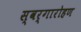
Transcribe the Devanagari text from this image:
स्‍वर्गारोहण